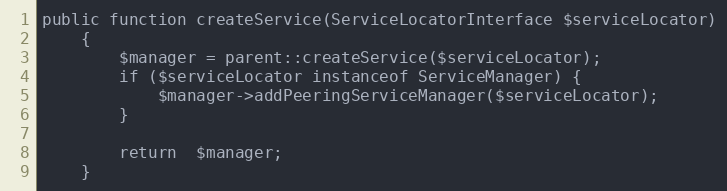
Language: PHP
public function createService(ServiceLocatorInterface $serviceLocator)
    {
        $manager = parent::createService($serviceLocator);
        if ($serviceLocator instanceof ServiceManager) {
            $manager->addPeeringServiceManager($serviceLocator);
        }

        return  $manager;
    }